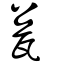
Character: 瓮